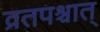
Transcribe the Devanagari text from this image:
व्रतपश्चात्‌